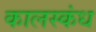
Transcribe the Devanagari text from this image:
कालस्कंध